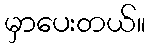
မှာပေးတယ်။